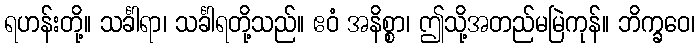
ရဟန်းတို့။ သင်္ခါရာ၊ သင်္ခါရတို့သည်။ ဧဝံ အနိစ္စာ၊ ဤသို့အတည်မမြဲကုန်။ ဘိက္ခဝေ၊